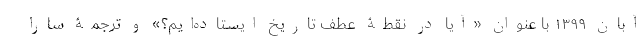
آبان ۱۳۹۹ با عنوان «آیا در نقطۀ عطف تاریخ ایستاده‌ایم؟» و ترجمۀ سارا